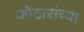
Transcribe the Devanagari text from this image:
कोठारांच्या